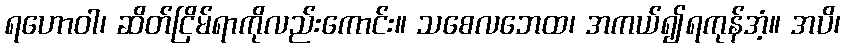
ရဟောဝါ၊ ဆိတ်ငြိမ်ရာကိုလည်းကောင်း။ သစေလဘေထ၊ အကယ်၍ရကုန်အံ့။ အပိ၊